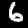
Label: 6